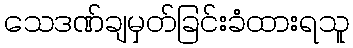
သေဒဏ်ချမှတ်ခြင်းခံထားရသူ